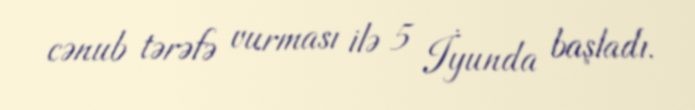
cənub tərəfə vurması ilə 5 İyunda başladı.